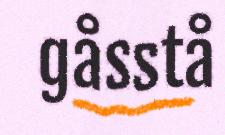
gåsstå